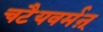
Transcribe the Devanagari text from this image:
चटैयवर्मऩ्